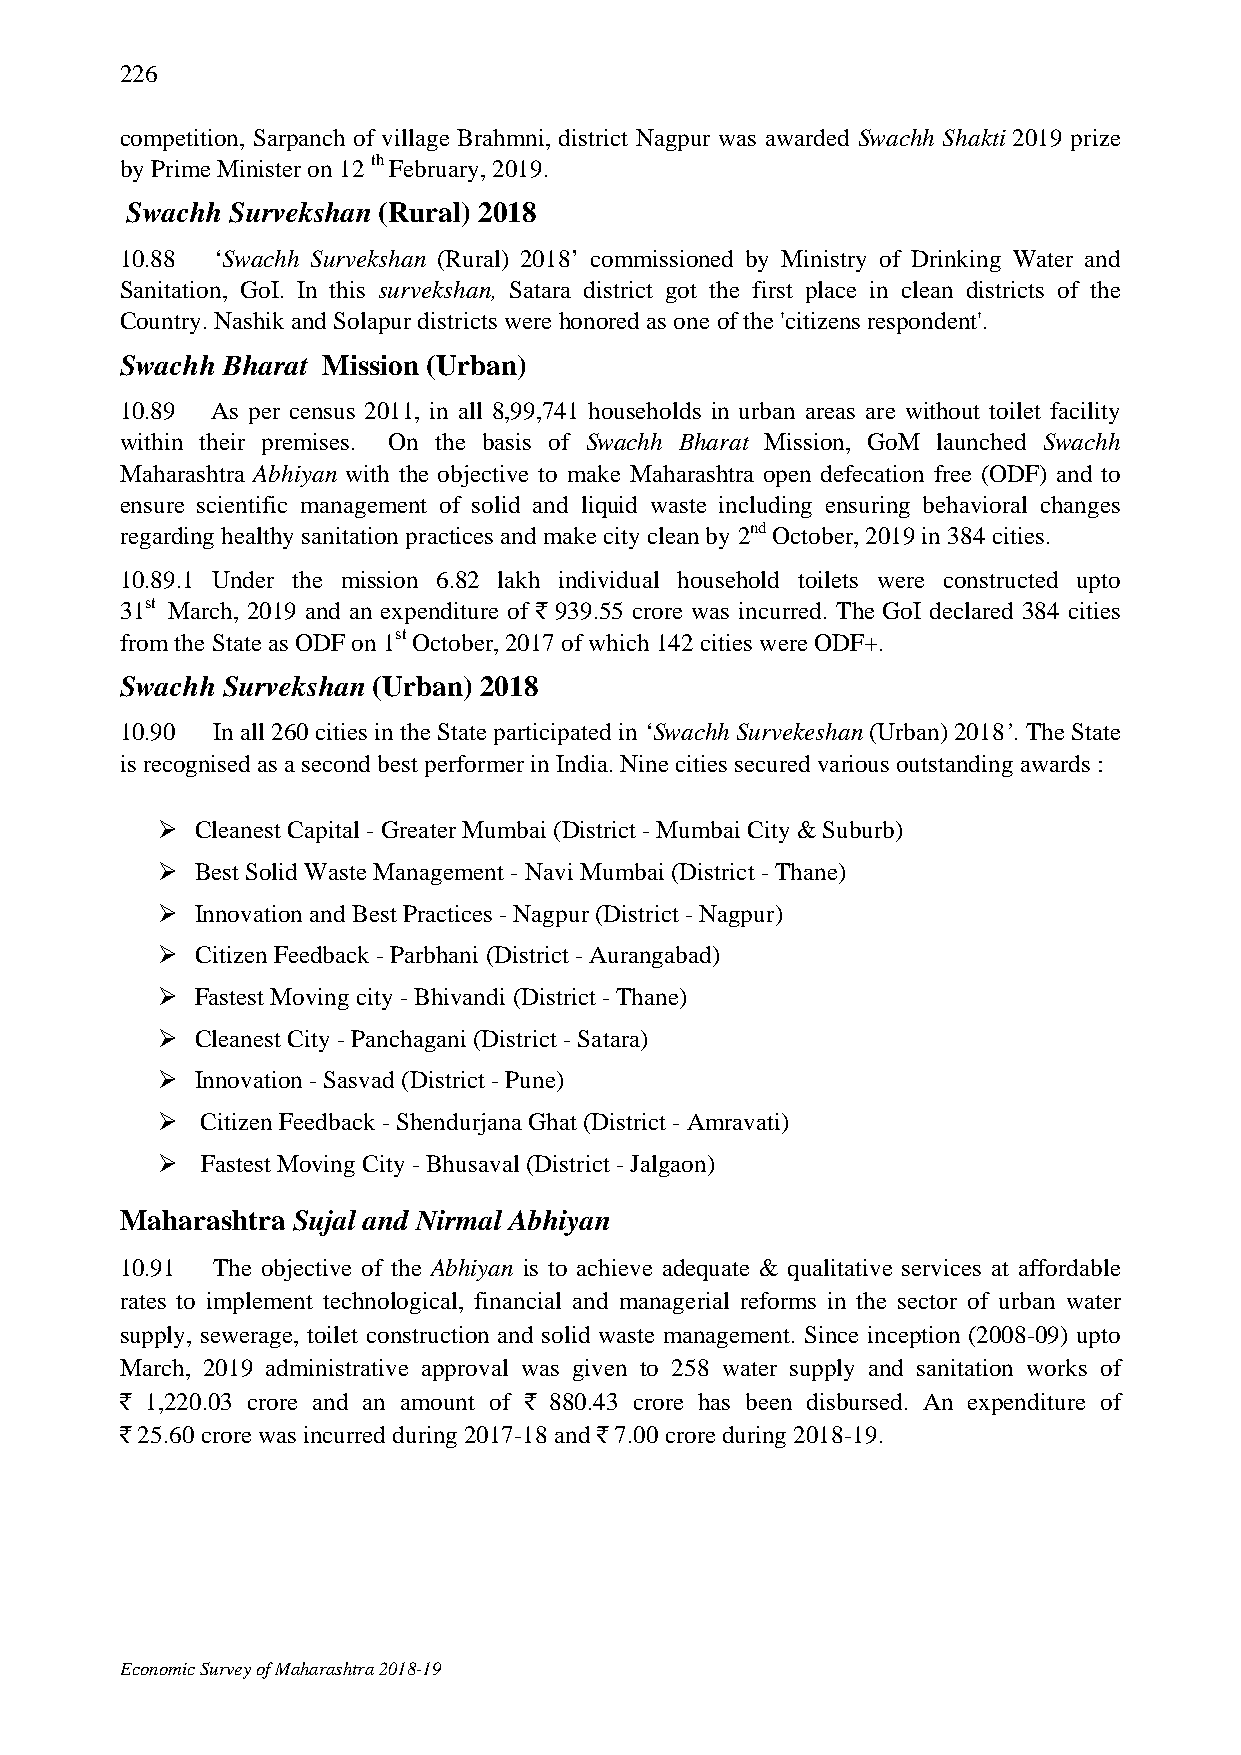
226
 competition, Sarpanch of village Brahmni, district Nagpur was awarded Swachh Shakti 2019 prize
 by Prime Minister on 12 th February, 2019.
 Swachh Survekshan (Rural) 2018
 10.88 ‘Swachh Survekshan (Rural) 2018’ commissioned by Ministry of Drinking Water and
 Sanitation, GoI. In this survekshan, Satara district got the first place in clean districts of the
 Country. Nashik and Solapur districts were honored as one of the 'citizens respondent'.
 Swachh Bharat Mission (Urban)
 10.89 As per census 2011, in all 8,99,741 households in urban areas are without toilet facility
 within their premises. On the basis of Swachh Bharat Mission, GoM launched Swachh
 Maharashtra Abhiyan with the objective to make Maharashtra open defecation free (ODF) and to
 ensure scientific management of solid and liquid waste including ensuring behavioral changes
 regarding healthy sanitation practices and make city clean by 2nd October, 2019 in 384 cities.
 10.89.1 Under the mission 6.82 lakh individual household toilets were constructed upto
 31st March, 2019 and an expenditure of ` 939.55 crore was incurred. The GoI declared 384 cities
 from the State as ODF on 1st October, 2017 of which 142 cities were ODF+.
 Swachh Survekshan (Urban) 2018
 10.90 In all 260 cities in the State participated in ‘Swachh Survekeshan (Urban) 2018’. The State
 is recognised as a second best performer in India. Nine cities secured various outstanding awards :
   Cleanest Capital - Greater Mumbai (District - Mumbai City & Suburb)
   Best Solid Waste Management - Navi Mumbai (District - Thane)
   Innovation and Best Practices - Nagpur (District - Nagpur)
   Citizen Feedback - Parbhani (District - Aurangabad)
   Fastest Moving city - Bhivandi (District - Thane)
   Cleanest City - Panchagani (District - Satara)
   Innovation - Sasvad (District - Pune)
   Citizen Feedback - Shendurjana Ghat (District - Amravati)
   Fastest Moving City - Bhusaval (District - Jalgaon)
 Maharashtra Sujal and Nirmal Abhiyan
 10.91 The objective of the Abhiyan is to achieve adequate & qualitative services at affordable
 rates to implement technological, financial and managerial reforms in the sector of urban water
 supply, sewerage, toilet construction and solid waste management. Since inception (2008-09) upto
 March, 2019 administrative approval was given to 258 water supply and sanitation works of
 ` 1,220.03 crore and an amount of ` 880.43 crore has been disbursed. An expenditure of
 ` 25.60 crore was incurred during 2017-18 and ` 7.00 crore during 2018-19.
 Economic Survey of Maharashtra 2018-19